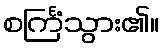
စင်္ကြံသွား၏။